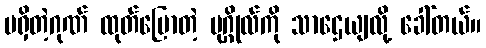
မရှိတဲ့ဂုဏ် ထုတ်ပြောတဲ့ ပုဂ္ဂိုလ်ကို သာဌေယျလို့ ခေါ်တယ်။